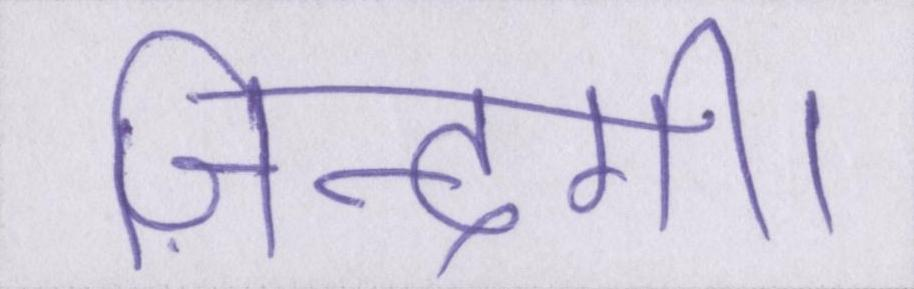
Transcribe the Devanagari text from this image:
ज़िन्दगी।